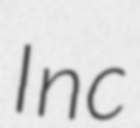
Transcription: Inc